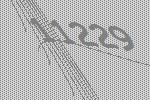
11229